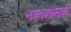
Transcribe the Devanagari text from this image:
नकाशांमध्ये